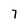
Character: 7